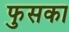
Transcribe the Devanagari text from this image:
फुसका